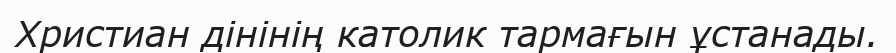
Христиан дінінің католик тармағын ұстанады.